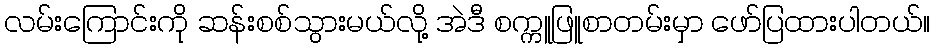
လမ်းကြောင်းကို ဆန်းစစ်သွားမယ်လို့ အဲဒီ စက္ကူဖြူစာတမ်းမှာ ဖော်ပြထားပါတယ်။